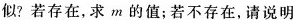
似?若存在，求m的值；若不存在，请说明